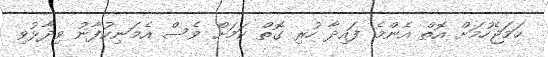
ހަމަޖެހުމަށް އޮތް އެންމެ ފައިދާ ހުރި ގޮތް ކަމަށް ވެސް އެމަނިކުފާނު ވިދާޅުވި